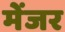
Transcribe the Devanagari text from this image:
मेंजर